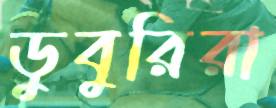
ডুবুরিরা